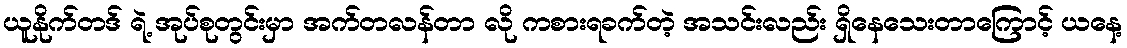
ယူနိုက်တဒ် ရဲ့ အုပ်စုတွင်းမှာ အက်တလန်တာ လို ကစားရခက်တဲ့ အသင်းလည်း ရှိနေသေးတာကြောင့် ယနေ့